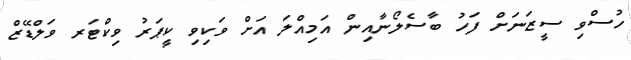
ހުސްވި ސީޒަނަށް ފަހު ބާސެލޯނާއިން އަމިއްލަ އަށް ވަކިވި ކީޕަރު ވިކްޓަރ ވަލްޑޭޒް